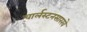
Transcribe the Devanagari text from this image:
चार्लस्टनसारखे